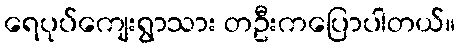
ရေပုပ်ကျေးရွာသား တဦးကပြောပါတယ်။